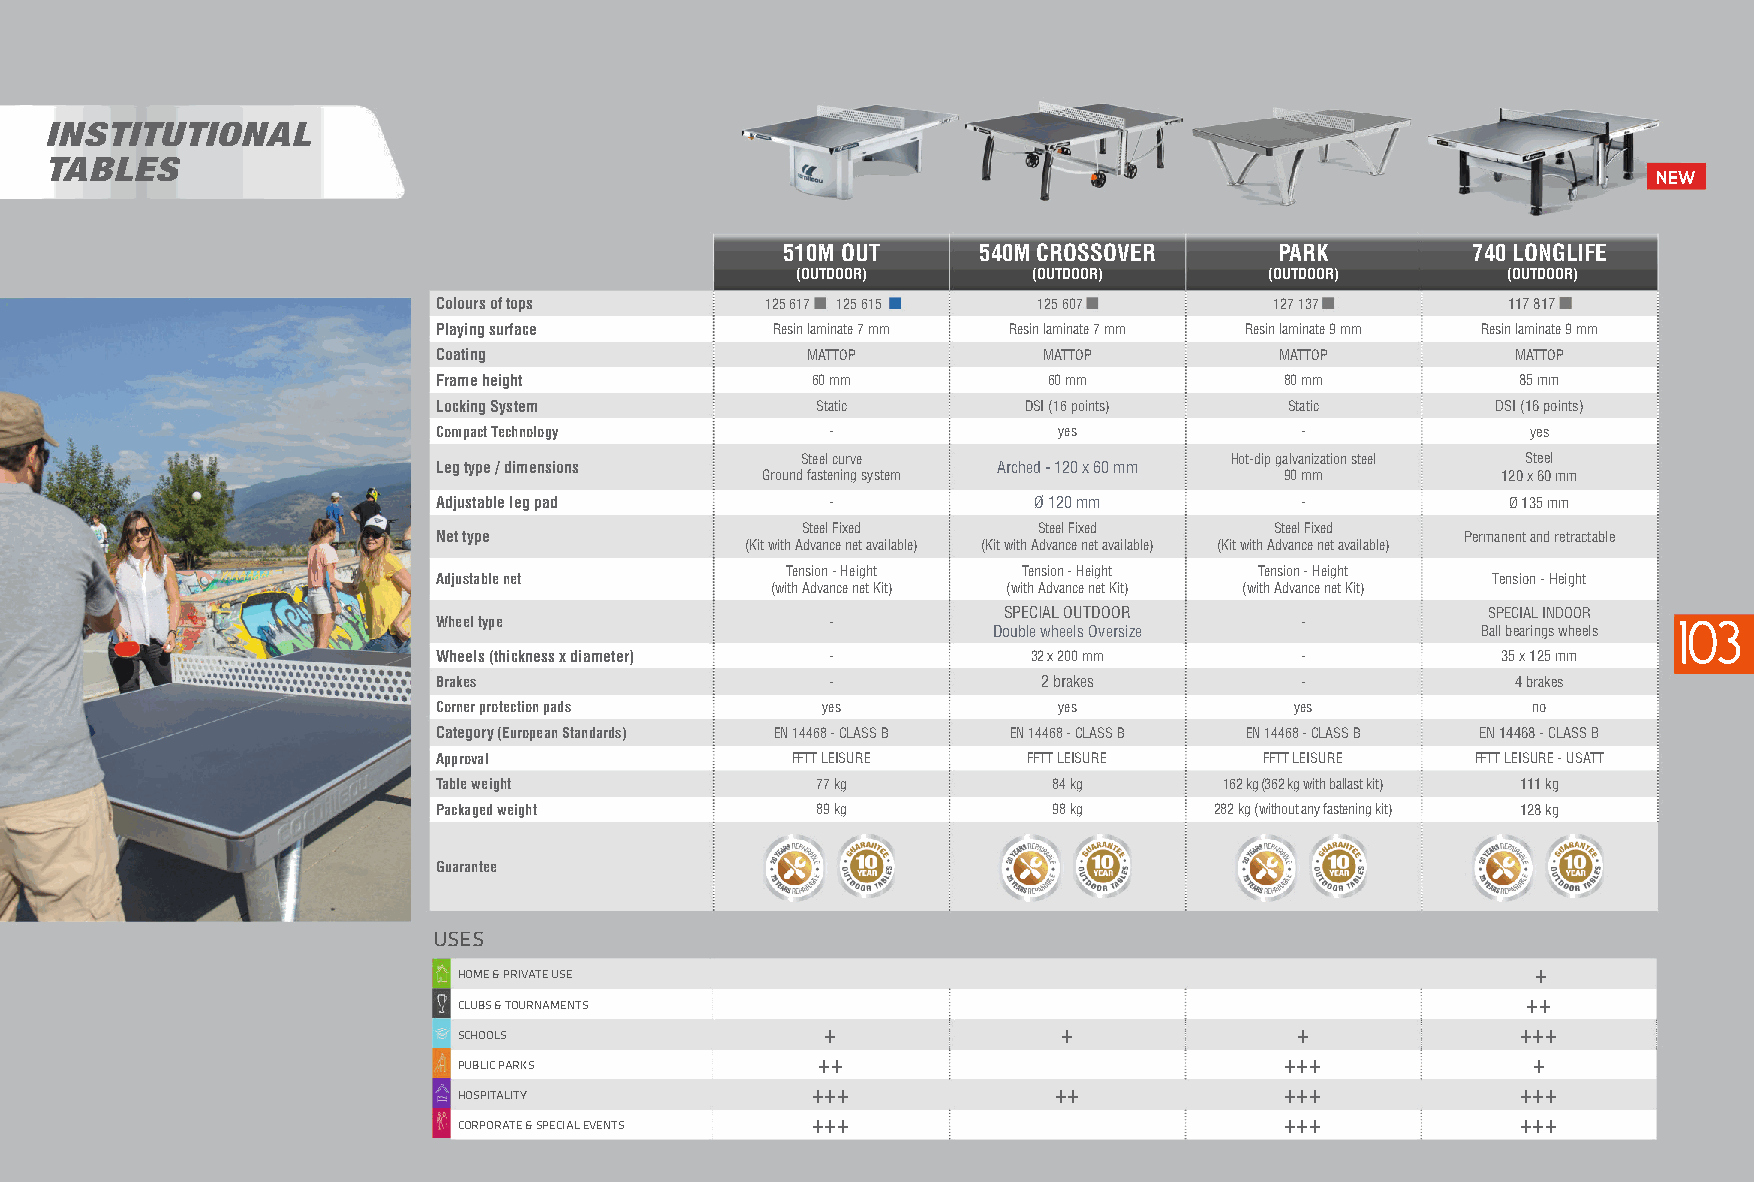
INSTITUTIONAL
 TABLES
 NEW
 510M OUT     540M CROSSOVER      PARK        740 LONGLIFE
 (OUTDOOR)      (OUTDOOR)       (OUTDOOR)       (OUTDOOR)
 Colours of tops       125 617 125 615   125 607        127 137         117 817
 Playing surface       Resin laminate 7 mm Resin laminate 7 mm Resin laminate 9 mm Resin laminate 9 mm
 Coating                 MATTOP          MATTOP          MATTOP         MATTOP
 Frame height             60 mm          60 mm           80 mm           85 mm
 Locking System           Static        DSI (16 points)  Static        DSI (16 points)
 Compact Technology        -              yes             -              yes
 Steel curve                 Hot-dip galvanization steel Steel
 Leg type / dimensions                Arched - 120 x 60 mm
 Ground fastening system            90 mm         120 x 60 mm
 Adjustable leg pad        -            Ø 120 mm          -             Ø 135 mm
 Steel Fixed     Steel Fixed    Steel Fixed
 Net type                                                            Permanent and retractable
 (Kit with Advance net available) (Kit with Advance net available) (Kit with Advance net available)
 Tension - Height Tension - Height Tension - Height
 Adjustable net                                                        Tension - Height
 (with Advance net Kit) (with Advance net Kit) (with Advance net Kit)
 SPECIAL OUTDOOR                 SPECIAL INDOOR
 Wheel type                -                              -                        103
 Double wheels Oversize          Ball bearings wheels
 Wheels (thickness x diameter) -        32 x 200 mm       -            35 x 125 mm
 Brakes                    -             2 brakes         -             4 brakes
 Corner protection pads   yes             yes             yes            no
 Category (European Standards) EN 14468 - CLASS B EN 14468 - CLASS B EN 14468 - CLASS B EN 14468 - CLASS B
 Approval               FFTT LEISURE    FFTT LEISURE    FFTT LEISURE  FFTT LEISURE - USATT
 Table weight             77 kg           84 kg      162 kg(362 kg with ballast kit) 111 kg
 Packaged weight          89 kg           98 kg     282 kg (without any fastening kit) 128 kg
 Guarantee
 USES
 HOME & PRIVATE USE                                                      +
 CLUBS & TOURNAMENTS                                                    ++
 SCHOOLS                  +              +               +              +++
 PUBLIC PARKS            ++                             +++             +
 HOSPITALITY             +++             ++             +++             +++
 CORPORATE & SPECIAL EVENTS +++                         +++             +++